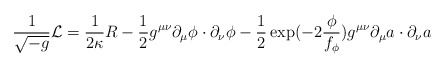
\begin{align*}\frac{1}{\sqrt{-g}}{\cal L}=\frac{1}{2\kappa}R-\frac{1}{2}g^{\mu\nu}\partial_\mu\phi\cdot\partial_\nu\phi-\frac{1}{2}\exp(-2\frac{\phi}{f_\phi})g^{\mu\nu}\partial_\mu a\cdot\partial_\nu a\end{align*}